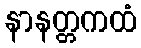
နာနတ္တကထံ